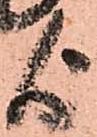
よ